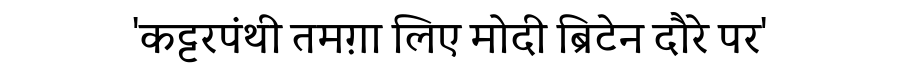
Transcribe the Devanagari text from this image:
'कट्टरपंथी तमग़ा लिए मोदी ब्रिटेन दौरे पर'